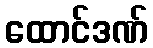
ထောင်ဒဏ်